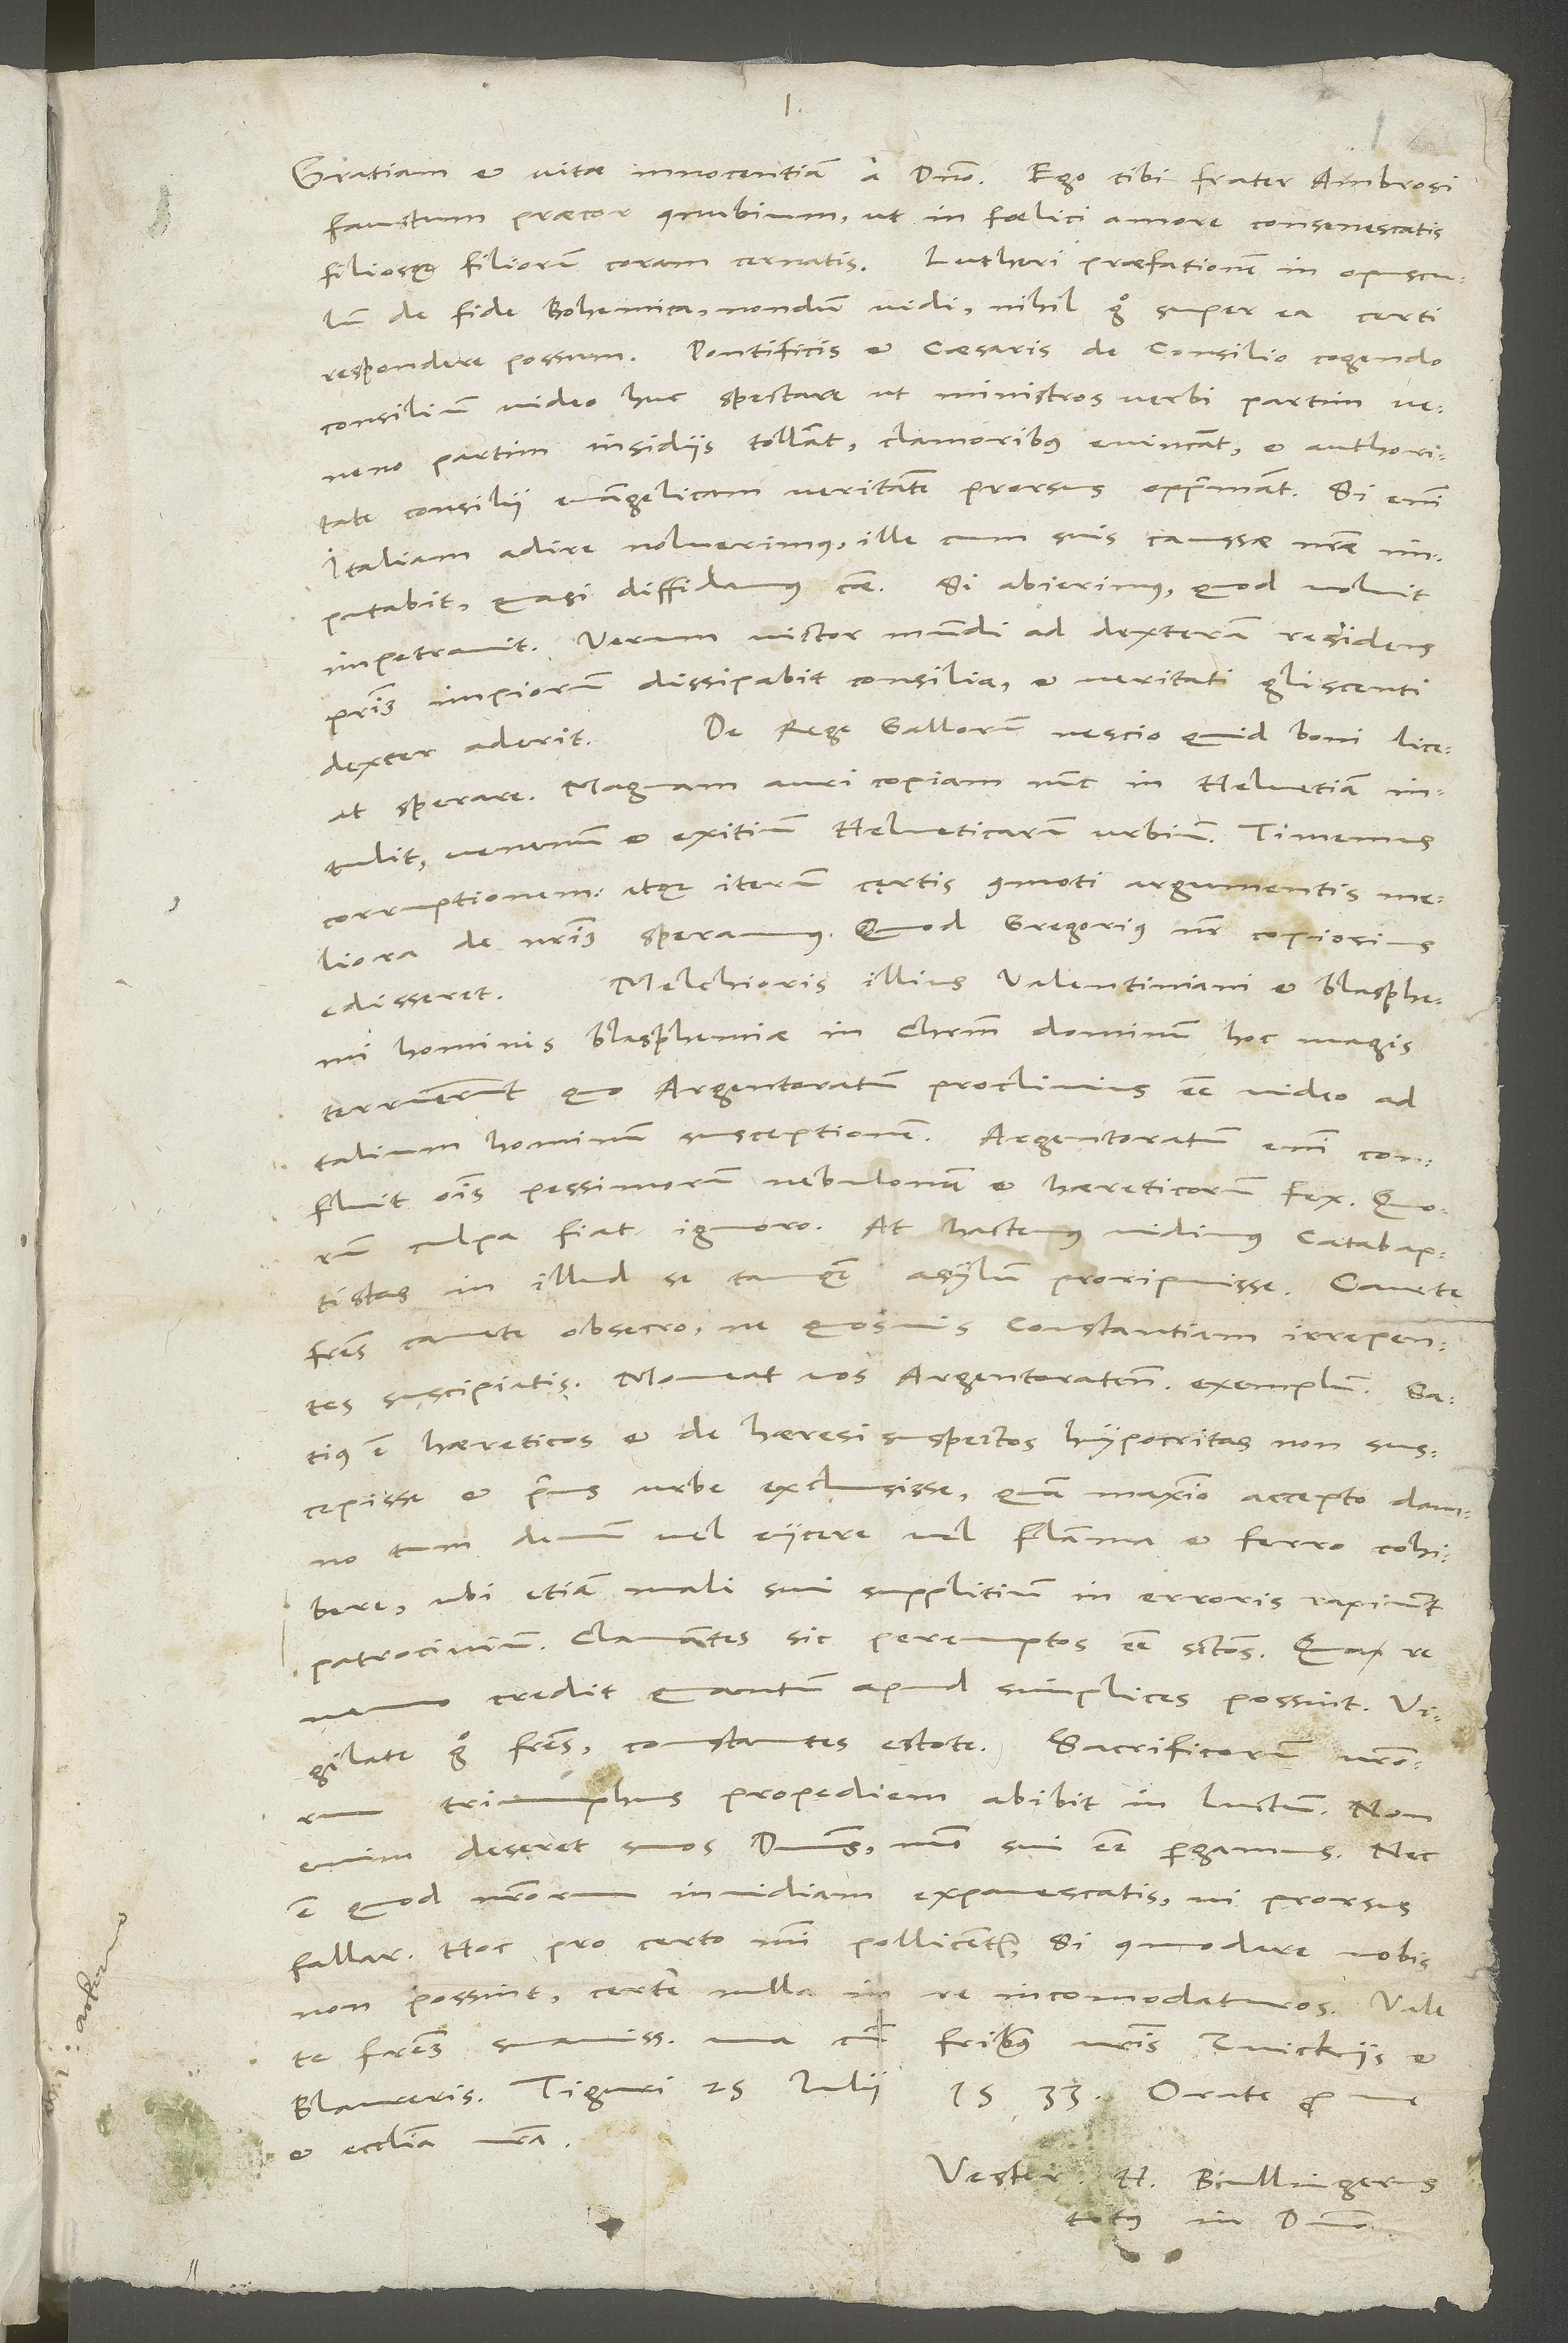
faustum praecor connubium, ut in foelici amore consenescatis
de fide Bohemica nondum vidi. Nihil ergo super ea certi
consilium video huc spectare, ut ministros verbi partim veneno,
partim insidiis tollant, clamoribus evincant et authoritate
concilii evangelicam veritatem prorsus opprimant. Si enim
Italiam adire noluerimus, ille cum suis caussae nostrae
imputabit, quasi diffidamus caussae. Si abierimus, quod voluit,
impetravit. Verum victor mundi ad dexteram residens
prius impiorum dissipabit consilia et veritati gliscenti
De rege Gallorum nescio quid boni liceat
dexter aderit.
sperare. Magnam auri copiam nunc inHelvetiam
intulit, venenum et exitium Helveticarum urbium. Timemus
corruptionem atque iterum certis commoti argumentis meliora
de nostris speramus, quod Gregorius noster copiosius
Melchioris, illius Valentiniani et blasphemi
edisseret.
hominis, blasphemiae in Christum dominum hoc magis
terruerunt, quo Argentoratum proclivius esse video ad
talium hominum susceptionem. Argentoratum enim confluit
omnis pessimorum nebulonum et haereticorum fex. Quorum
culpa fiat, ignoro. At hactenus vidimus catabaptistas
in illud se tamquam asylum proripuisse. Cavete,
fratres, cavete, obsecro, ne quosvis Constantiam irrepentes
suscipiatis. Moveat vos Argentoratensium exemplum. Satius
est haereticos et de haeresi suspectos hypocritas non suscepisse
tum demum vel eiicere, vel flamma et ferro cohibere,
ubi etiam mali sui supplitium in erroris rapiunt
patrocinium clamantes sic peremptos esse sanctos. Qua re
nemo credit quantum apud simplices possint. Vigilate
triumphus propediem abibit in luctum. Non
enim deseret suos dominus, modo sui esse pergamus. Nec
est, quod nostrorum invidiam expavescatis, ni prorsus
fallar. Hoc pro certo mihi pollicentur, si commodare vobis
non possint, certe nulla in re incomodaturos.
fratres suavissimi, una cum fratribus vestris Zuickiis et
me et ecclesia nostra.
Vester H. Bullingerus
totus in domino.